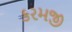
કરમજી